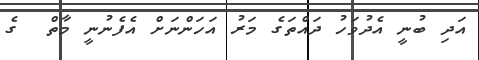
އަދި ބުނީ އެދުވަހު ދައްތަގެ މަރު އަހަންނަށް އެފެނުނީ މާތް  ގެ